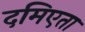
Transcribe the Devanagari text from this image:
दमिएता